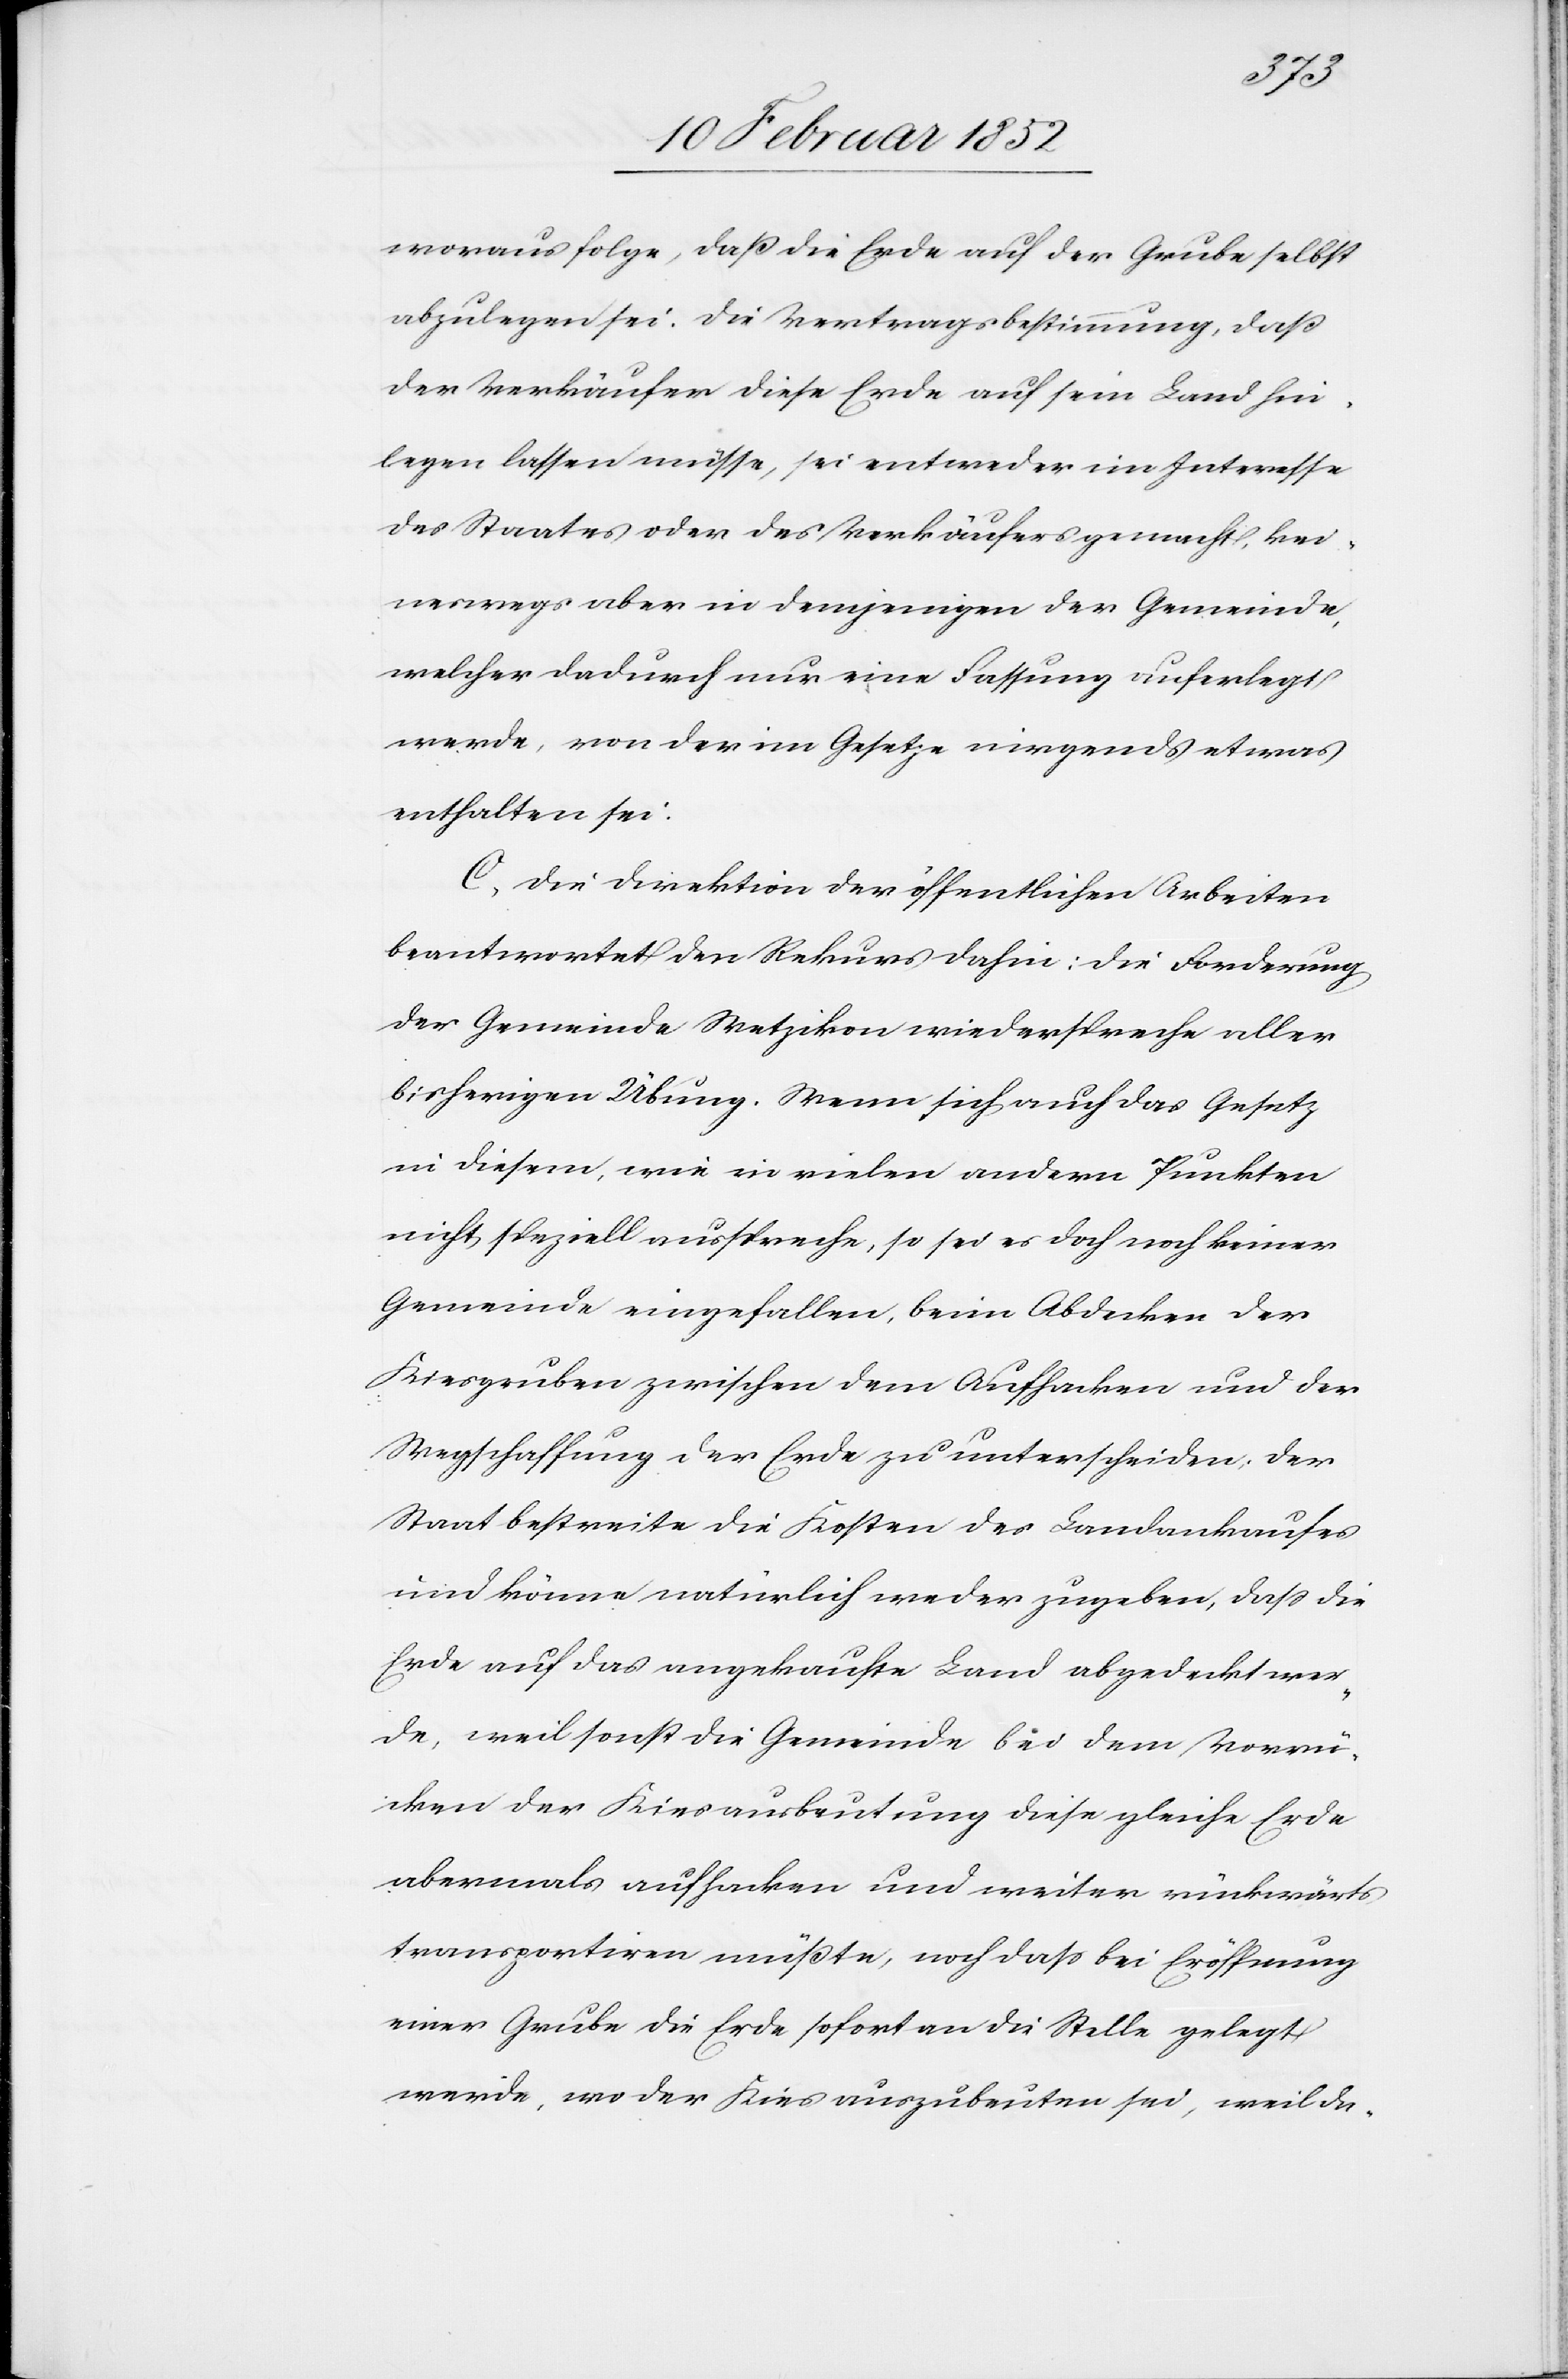
woraus folge, daß die Erde auf der Grube selbst
abzulegen sei. Die Vertragsbestimmung, daß
der Verkäufer diese Erde auf sein Land hin¬
legen lassen müsse, sei entweder im Interesse
des Staates oder des Verkäufers gemacht, kei¬
neswegs aber in demjenigen der Gemeinde,
welcher dadurch nur eine Fassung auferlegt
werde, von der im Gesetze nirgends etwas
enthalten sei.
C. Die Direktion der öffentlichen Arbeiten
beantwortet den Rekurs dahin: die Forderung
der Gemeinde Wetzikon wiederspreche aller
bisherigen Übung. Wenn sich auch das Gesetz
in diesem, wie in vielen andern Punkten
nicht speziell ausspreche, so sei es doch noch keiner
Gemeinde eingefallen, beim Abdecken der
Kiesgruben zwischen dem Aufhacken und der
Wegschaffung der Erde zu unterscheiden, der
Staat bestreite die Kosten des Landankaufes
und könne natürlich weder zugeben, daß die
Erde auf das angekaufte Land abgedeckt wer¬
de, weil sonst die Gemeinde bei dem Vorrü¬
cken der Kiesausbeutung diese gleiche Erde
abermals aufhacken und weiter rückwärts
transportiren müßte, noch daß die Eröffnung
einer Grube die Erde sofort an die Stelle gelegt
werde, wo der Kies auszubeuten sei, weil da-